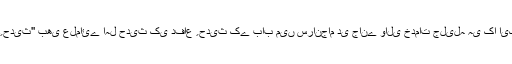
اللہ تعالیٰ اہل علم او ررسائل وجرائد کی خدمات کو شرف قبولیت سے نوازے (آمین) زیر نظرکتاب ''دوامِ حدیث'' بھی علمائے اہل حدیث کی دفاع ِ حدیث کے باب میں سرانجام دی جانے والی خدمات جلیلہ ہی کا ایک سنہری باب ہے جو محدث العصر حافظ محمد گوندلوی ﷫ کے تحقیق آفریں قلم سے رقم کیا گیا ہے۔